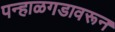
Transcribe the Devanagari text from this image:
पन्हाळगडावरून